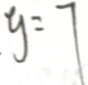
y = 7